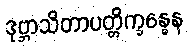
ဒုဗ္ဘာသိတာပတ္တိက္ခန္ဓေန